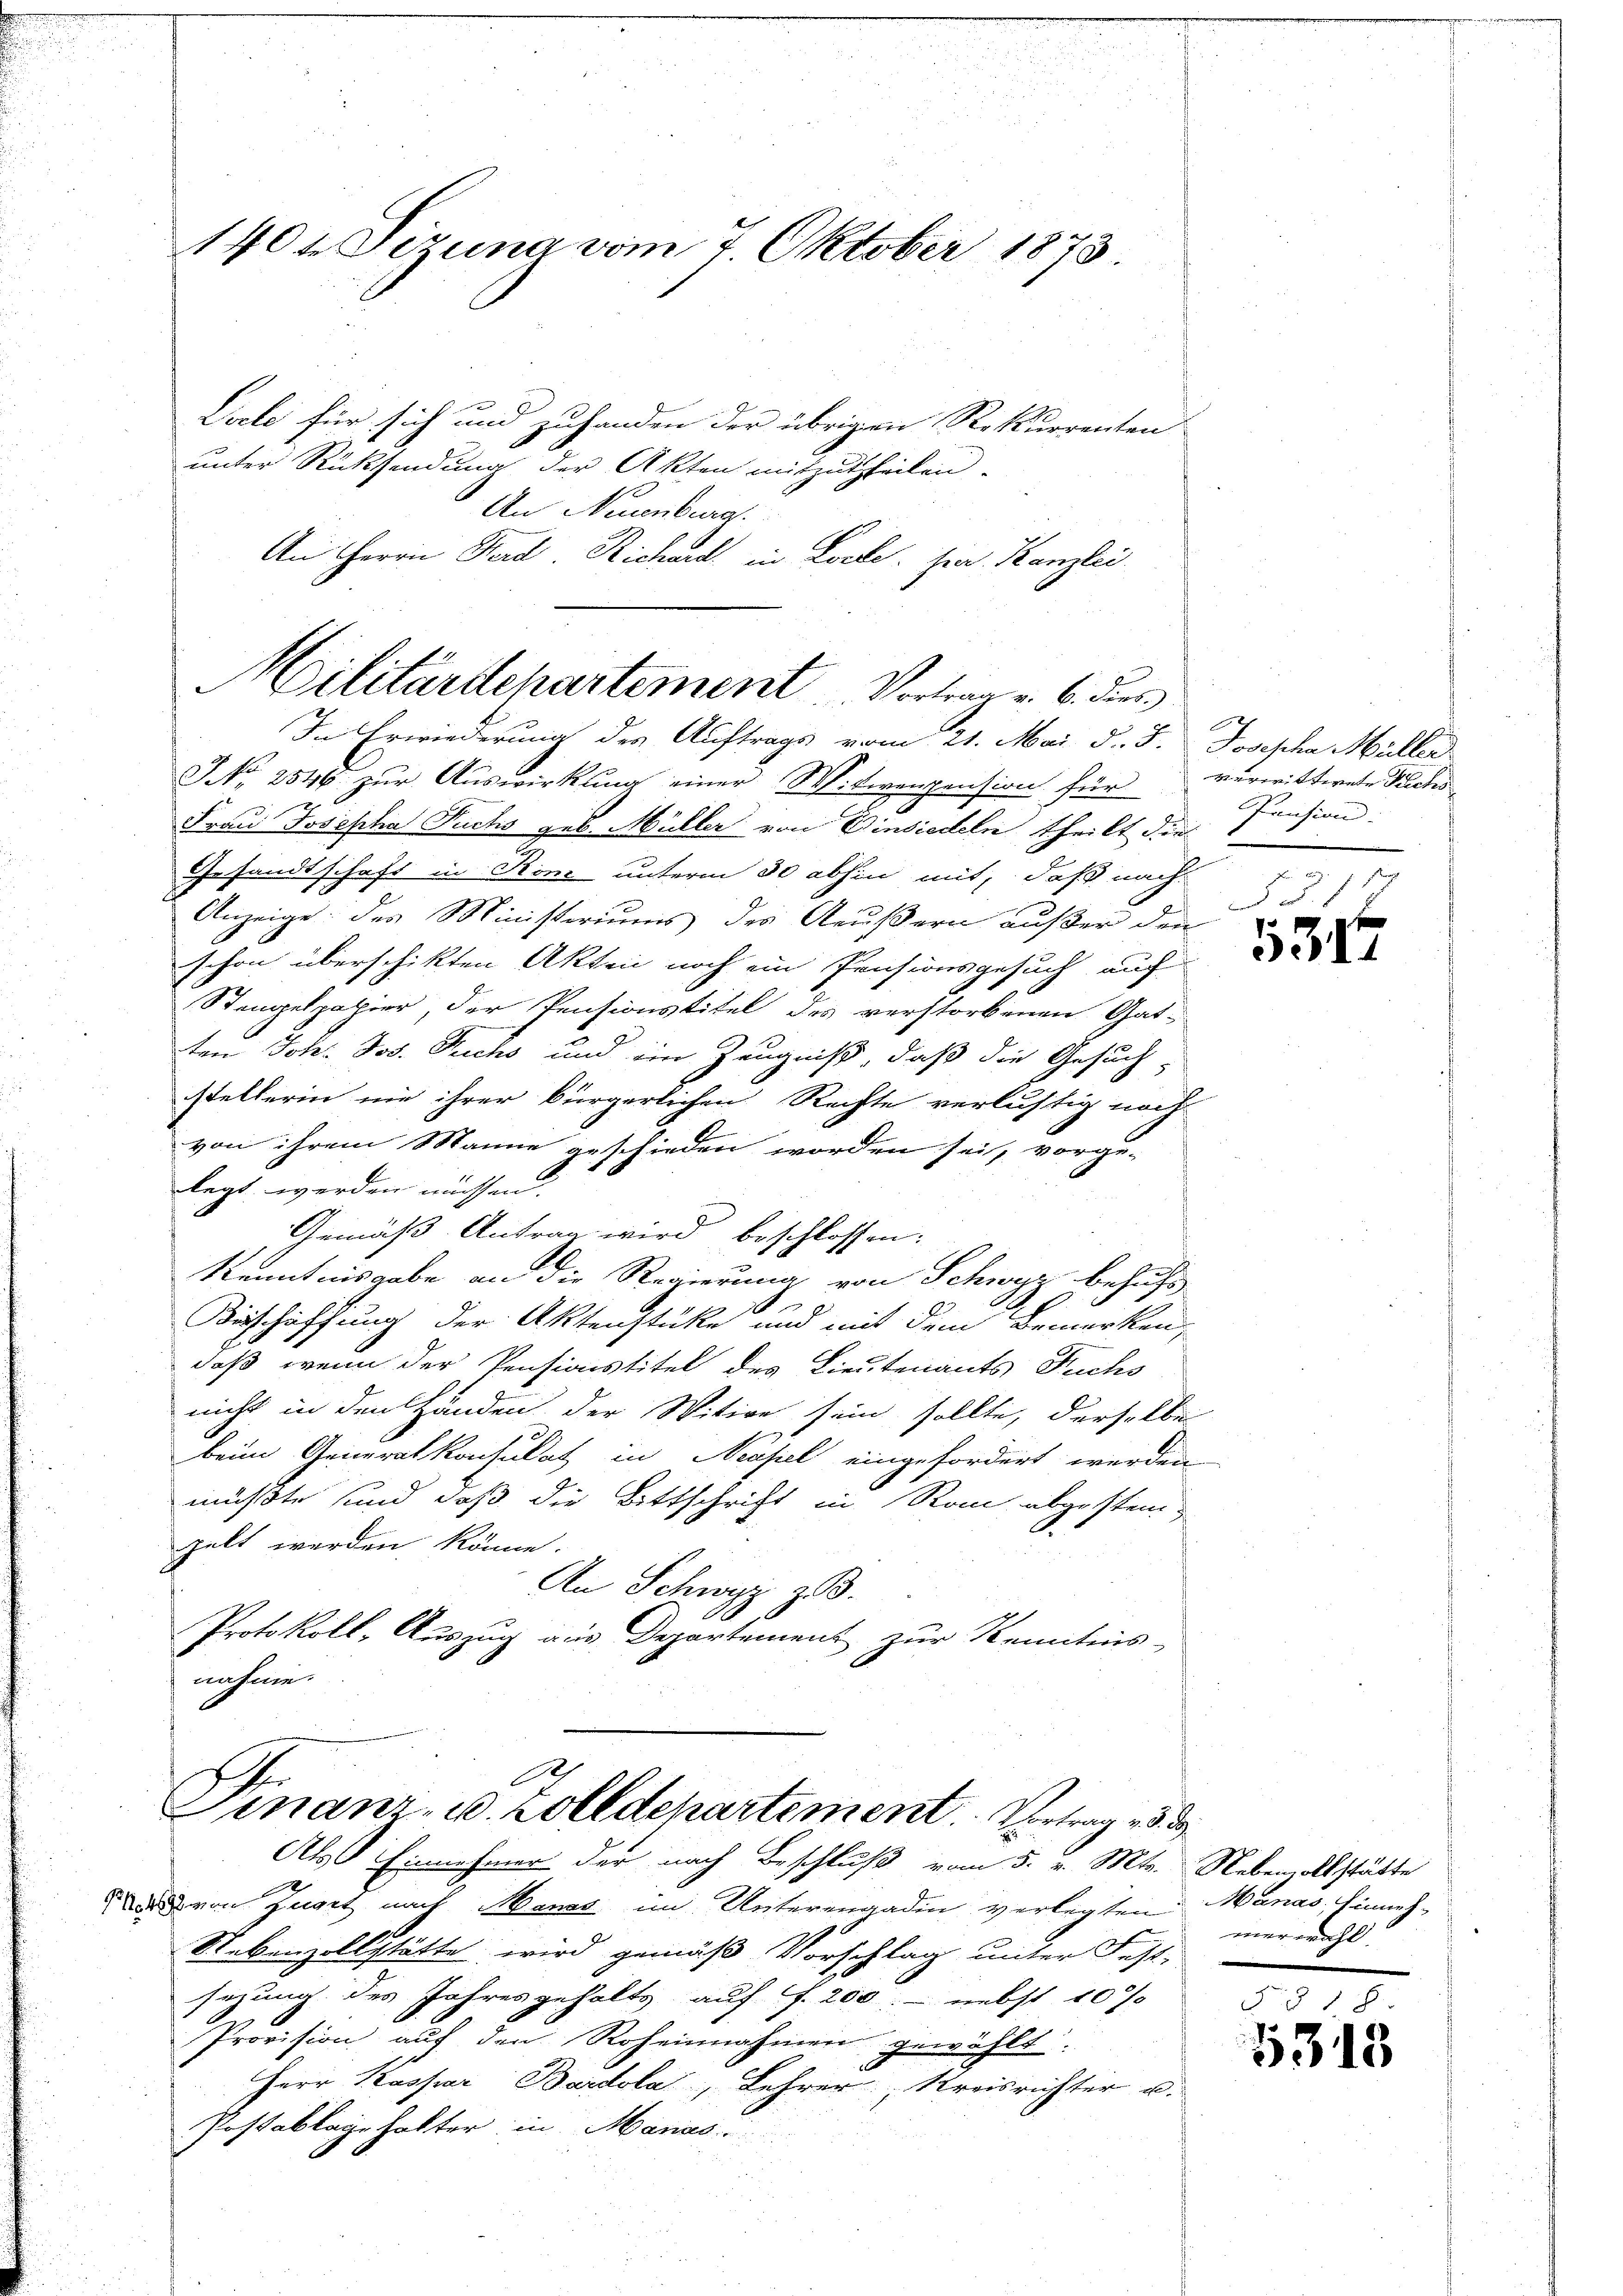
1404 Tizuna vom 7. Oktober 1873

Liele für sich und zuhanden der übrigen Rekurrenten
unter Rücksendung der Akten mitzutheilen.
An Neuenburg.
An Herrn Ferd. Richard in Locale. Herr Kanzlei
NNo. 2846 zur Auswirkung einer Witwenpension für
Frau Josepha Fuchs geb. Müller von Einsiedeln theilt die
Gesandtschaft in Rom unterm 30 abhin mit, daß nach
Anzeige: der Ministeriums des Aeußern außer den
schon überschikten Akten noch ein Präsionsgesuch auf
Stempelpapier, der Pensionstitel des verstorbenen Gat-
ten Joh. Jos. Fuchs und ein Zeugniß, daß die Gesuch,
stellerin nie ihrer bürgerlichen Rechte verlustig noch
von ihrem Manne geschieden worden sei, vorge-
legt werden müssen.
Gemäß Antrag wird beschlossen:
Kenntnisgabe an die Regierung von Schwyz behufs
1
f
Betschaffung der Aktenstücke und mit dem Bemerken,
daß wenn der Pensionstitel des Lieutenants Fuchs
nicht in den Händen der Witwe sein sollte, derselbe
beim Generalkonsulat in Neapel eingefordert werden
müßte und daß die Bittschrift in Rom abgestenzelt werden könne.
An Schwyz z.B.
Protokoll-Auszug aus Departement zur Kenntnis-
nahme.

Militärdepartement Vortrag v. 6. dies
In Erwiederung des Auftrags vom 21. Mai d. J. Josepha Müller

Als Einnehmer der nach Beschluß vom 5. v. Mts. Nebenfallstätte
 von Zuget nach Hanas im Unterengadin verlegten Manas. Einneh-
Nebenzollstätte wird gemäß Vorschlag unter Fest-
sezung des Jahresgehalts auf f. 200. nebst 10 %
Provision auf den Roheinnahmen gewählt.
Herr Kaspar Bardola, Lehrer Kreisrichter u.
Postablage halter in Manas

Finanz- u. Zolldepartement. Vertrag d

verwitternte Siches
Pension:
r
r

5317

merwähl

5313